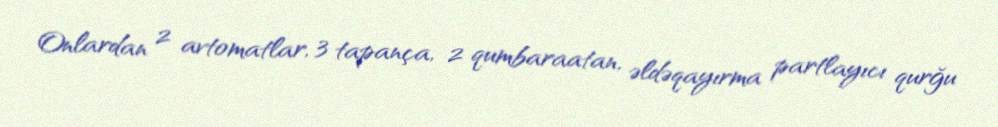
Onlardan 2 avtomatlar, 3 tapança, 2 qumbaraatan, əldəqayırma partlayıcı qurğu